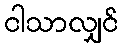
ငါသာလျှင်